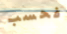
فحسب